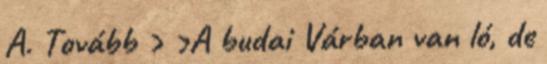
A. Tovább › ›A budai Várban van ló, de